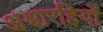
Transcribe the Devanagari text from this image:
अश्वारहियों